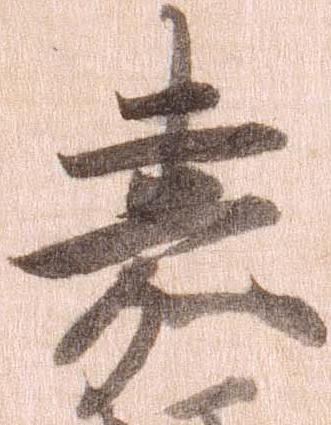
嘉